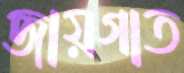
জায়গাত